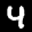
Label: 4